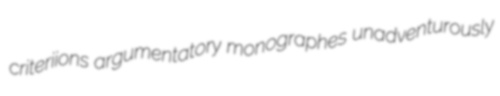
criteriions argumentatory monographes unadventurously